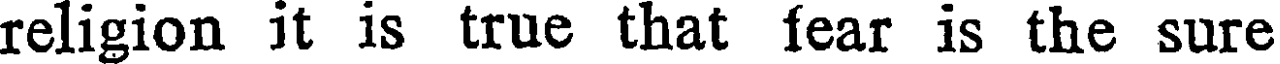
religion it is true that fear is the sure